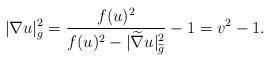
LaTeX: \begin{align*}|\nabla u|_g^2=\frac{f(u)^2}{f(u)^2-|\widetilde{\nabla}u|_{\widetilde{g}}^2}-1=v^2-1.\end{align*}